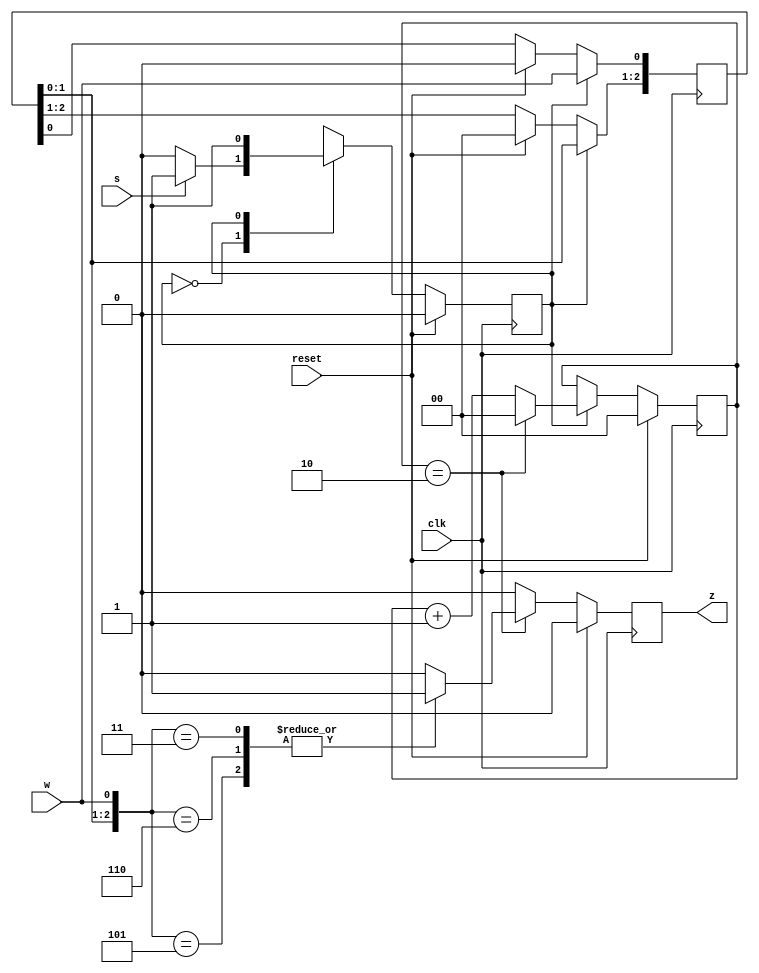
module top_module (
    input clk,
    input reset,   // Synchronous reset
    input s,
    input w,
    output z
);

    parameter A=1'b0, B=1'b1;
    reg state, next_state;
    always @(posedge clk) begin
        if(reset)
            state <= A;
        else
            state <= next_state;
    end
    
    always @(*) begin
        case(state)
            A: if(s) next_state = B; else next_state = A;
            B: next_state = B;
        endcase
    end
    
    reg [1:0] counter;
    always @(posedge clk) begin
        if(reset)
            counter <= 2'b0;
        else if(state==B)
            if(counter == 2'b10)
                counter <= 2'b0;
        	else
                counter <= counter + 1'b1;
    end
    
    reg [2:0] w_sample;
    always @(posedge clk) begin
        if(reset)
            w_sample <= 3'b000;
        if(state==B) begin
            w_sample[0] <= w;
            w_sample[2:1] <= w_sample[1:0];
        end
    end
    
    reg w_true;
    always @(w_sample)
        case(w_sample)
            3'b011, 3'b110, 3'b101: w_true = 1;
            default: w_true = 0;
        endcase
    
    always @(posedge clk) begin
        if(reset)
            z <= 0;
        else if(counter == 2'b10)
            case({w_sample[1:0],w})
                3'b011, 3'b110, 3'b101: z <= 1;
                default: z <= 0;
        	endcase
        else 
            z <= 0;
    end
    
endmodule